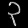
Digit: ၃